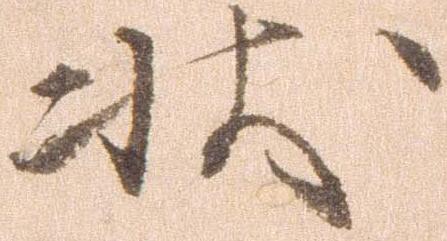
状